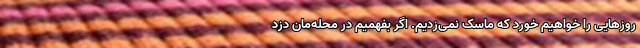
روزهایی را خواهیم خورد که ماسک نمی‌زدیم. اگر بفهمیم در محله‌مان دزد